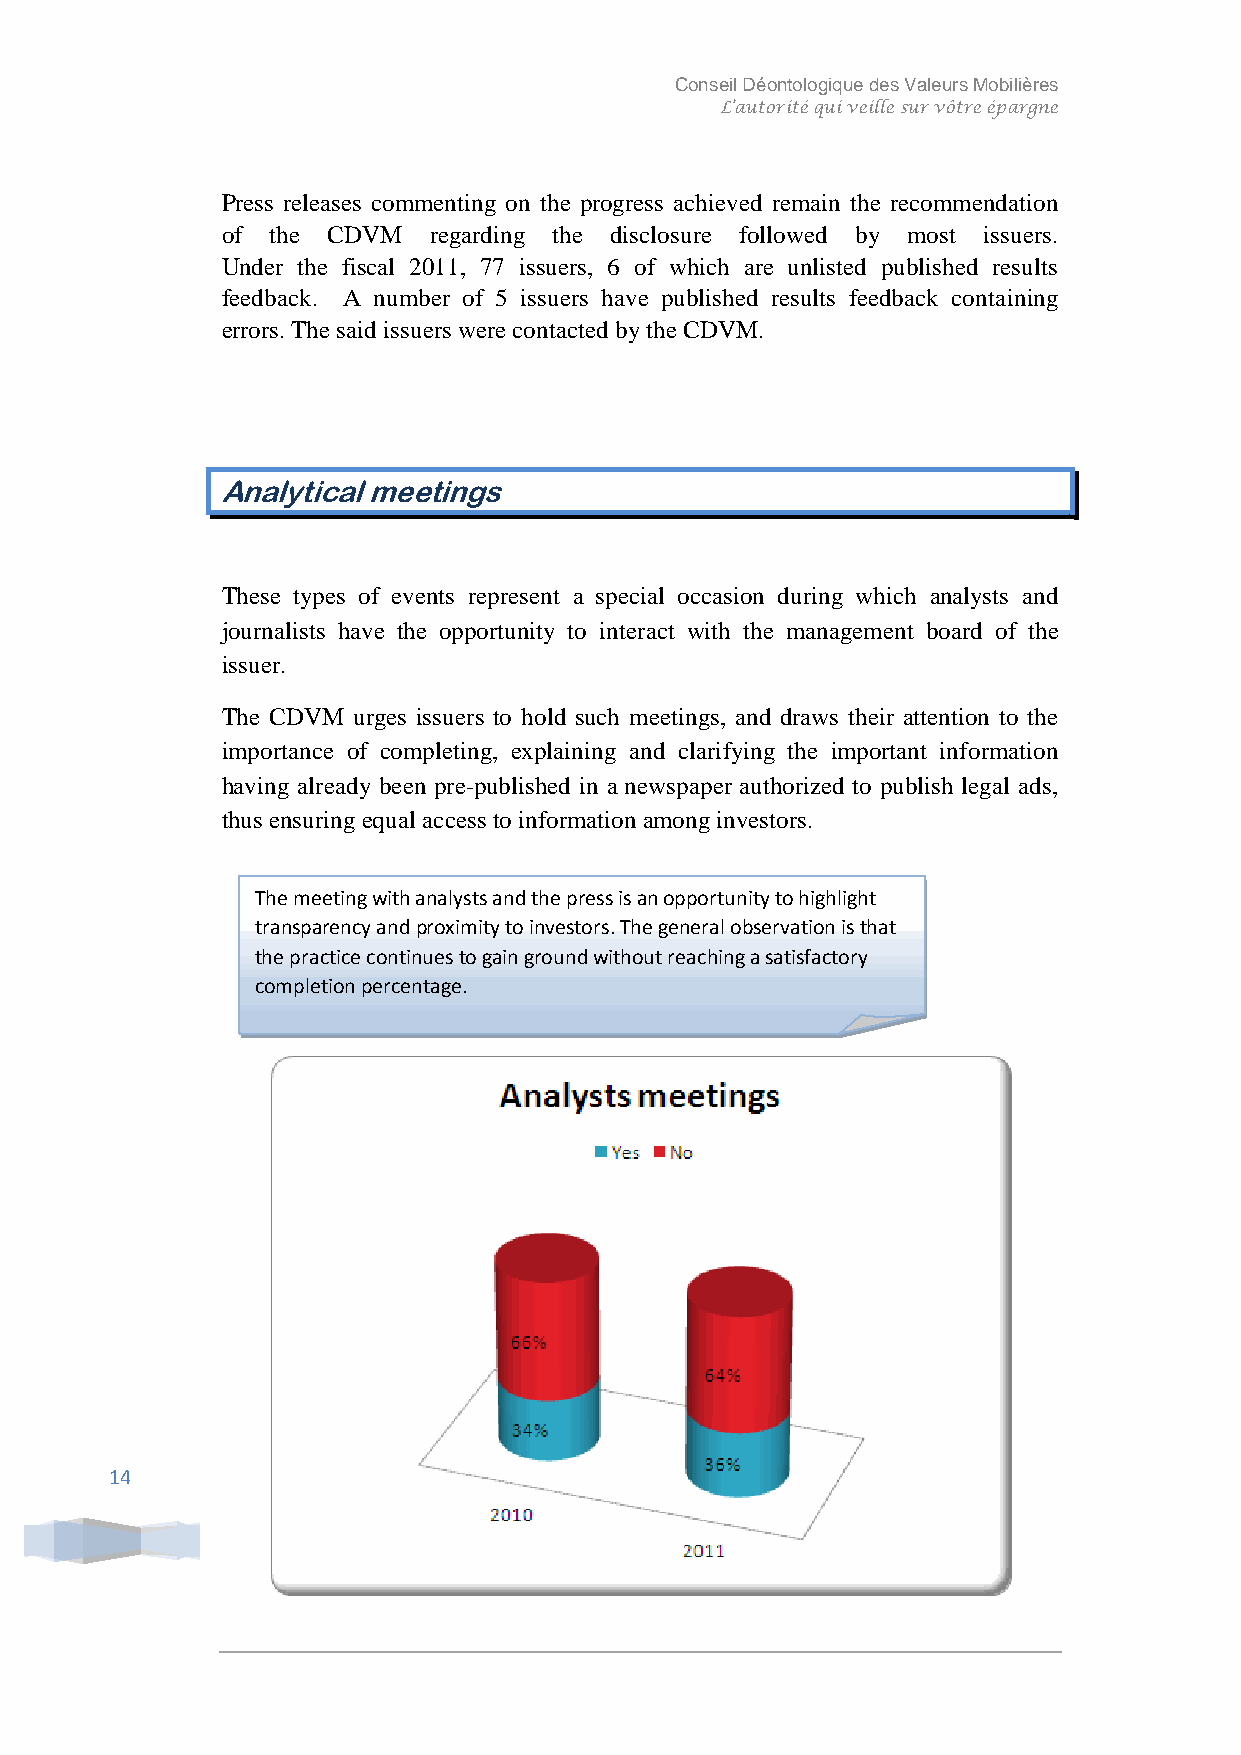
Conseil Déontologique des Valeurs Mobilières
 L’autorité qui veille sur vôtre épargne
 Press releases commenting on the progress achieved remain the recommendation
 of the CDVM  regarding the disclosure followed by most issuers.
 Under the fiscal 2011, 77 issuers, 6 of which are unlisted published results
 feedback. A number of 5 issuers have published results feedback containing
 errors. The said issuers were contacted by the CDVM.
 Analytical meetings
 These types of events represent a special occasion during which analysts and
 journalists have the opportunity to interact with the management board of the
 issuer.
 The CDVM urges issuers to hold such meetings, and draws their attention to the
 importance of completing, explaining and clarifying the important information
 having already been pre-published in a newspaper authorized to publish legal ads,
 thus ensuring equal access to information among investors.
 The meeting with analysts and the press is an opportunity to highlight
 transparency and proximity to investors. The general observation is that
 the practice continues to gain ground without reaching a satisfactory
 completion percentage.
 14
 Conseil Déontologique des Valeurs Mobilières | [Tapez l'adresse de la société]